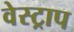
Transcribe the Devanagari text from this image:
वेस्ट्राप